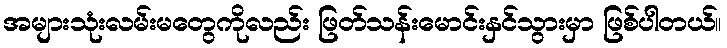
အများသုံးလမ်းမတွေကိုလည်း ဖြတ်သန်းမောင်းနှင်သွားမှာ ဖြစ်ပါတယ်။